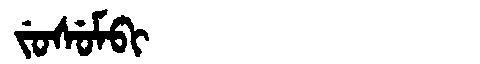
Manchu: ᠵᡠᠰᡠᠮᠪᡳ
Romanization: JUSUMBI